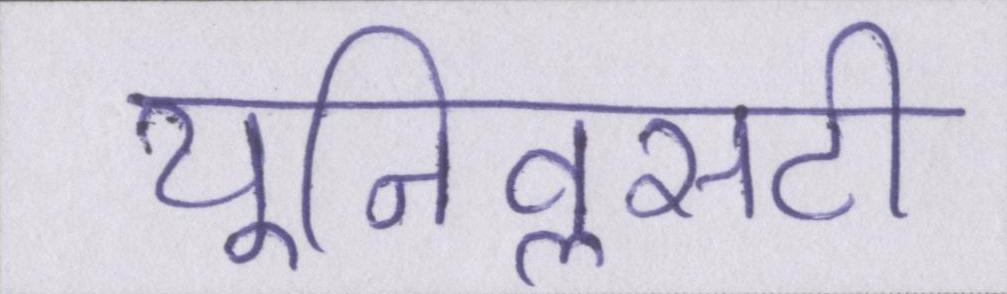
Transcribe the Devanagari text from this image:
यूनिवॢसटी